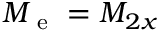
M _ { \mathrm { ~ e ~ } } = M _ { 2 x }